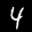
Label: 4